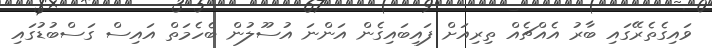
ވައިގެތެރޭގައި ބާރު އެއްޗެއް ތިރިއަށް ފައިބައިގެން އަންނަ އުސޫލުން ބެހެމަތް އައިސް ގަސްބުޑުގައި